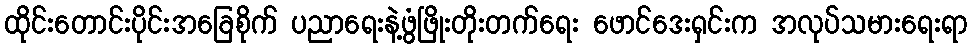
ထိုင်းတောင်းပိုင်းအခြေစိုက် ပညာရေးနဲ့ဖွံဖြိုးတိုးတက်ရေး ဖောင်ဒေးရှင်းက အလုပ်သမားရေးရာ